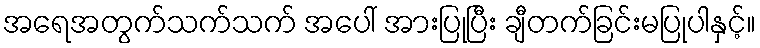
အရေအတွက်သက်သက် အပေါ် အားပြုပြီး ချီတက်ခြင်းမပြုပါနှင့်။